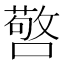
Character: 𭋆